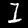
Digit: 1